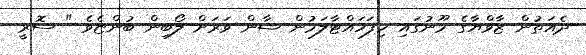
ދެއަތުން ޒާވްޔާގެ މޫނުގައި ހިފަހައްޓާލަމުން ޝާން ވަރަށް ލޯބިން ބުންޏެވެ " ސޮރީ